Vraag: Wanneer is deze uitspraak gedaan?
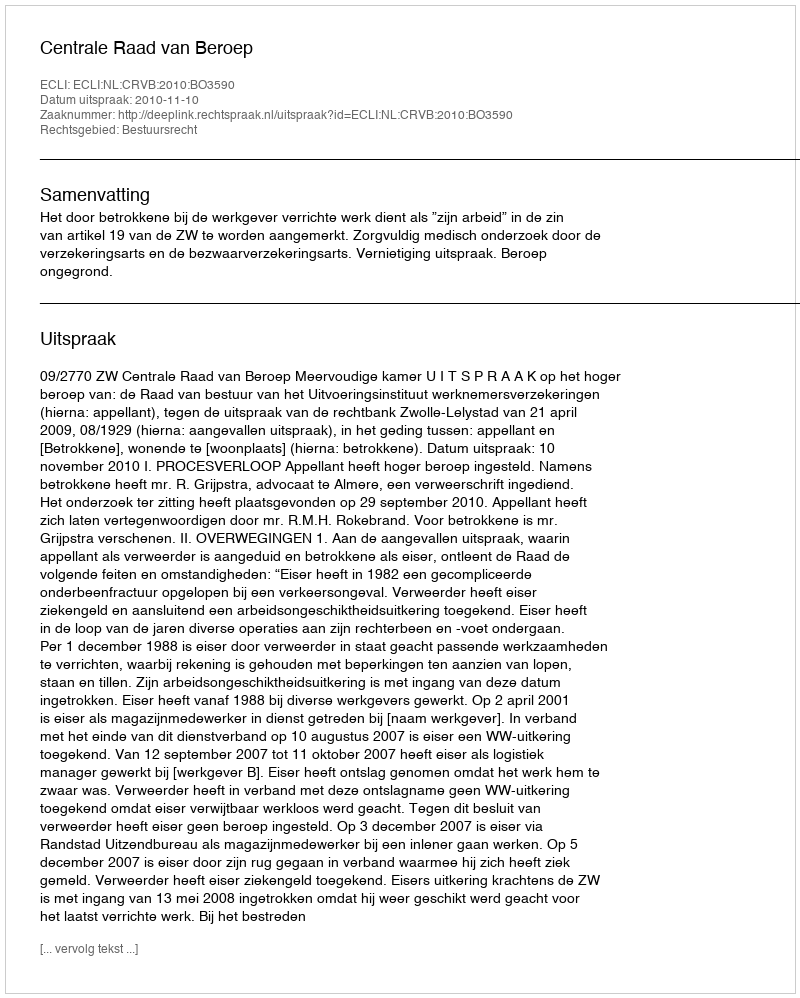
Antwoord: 2010-11-10